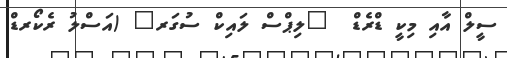
ސީލް އާއި މިކީ ޑްރެޑް  "ލިޕްސް ލައިކް ސުގަރ" (އަސްލު ރެކޯރޑް